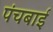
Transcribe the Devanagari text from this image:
पंचबाई